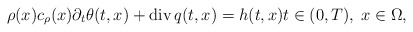
\begin{align*} \rho(x) c_{\rho}(x) \partial_{t} \theta(t, x) + \mathrm{div}\, q(t, x) = h(t, x) t \in (0, T), \; x \in \Omega, \end{align*}